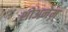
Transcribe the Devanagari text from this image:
शोअनेम्